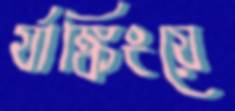
র‍্যাঙ্কিংয়ে